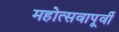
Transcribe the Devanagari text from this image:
महोत्सवापूर्वी